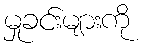
မှုခင်းများကို